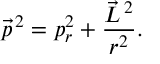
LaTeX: \vec { p } ^ { \, 2 } = p _ { r } ^ { 2 } + \frac { \vec { L } ^ { \, 2 } } { r ^ { 2 } } .